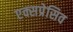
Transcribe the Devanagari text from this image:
एक्सप्रेसिव